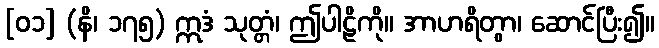
[၀၁] (နိ၊ ၁၇၅) ဣဒံ သုတ္တံ၊ ဤပါဠိကို။ အာဟရိတွာ၊ ဆောင်ပြီး၍။